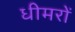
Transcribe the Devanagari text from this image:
धीमरों